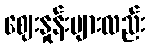
ဈေးနှုန်းများလည်း